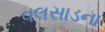
વલસાડના